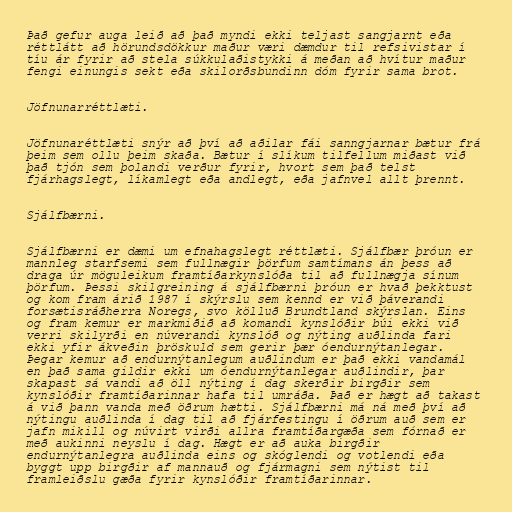
Það gefur auga leið að það myndi ekki teljast sangjarnt eða
réttlátt að hörundsdökkur maður væri dæmdur til refsivistar í
tíu ár fyrir að stela súkkulaðistykki á meðan að hvítur maður
fengi einungis sekt eða skilorðsbundinn dóm fyrir sama brot.

Jöfnunarréttlæti.

Jöfnunaréttlæti snýr að því að aðilar fái sanngjarnar bætur frá
þeim sem ollu þeim skaða. Bætur í slíkum tilfellum miðast við
það tjón sem þolandi verður fyrir, hvort sem það telst
fjárhagslegt, líkamlegt eða andlegt, eða jafnvel allt þrennt.

Sjálfbærni.

Sjálfbærni er dæmi um efnahagslegt réttlæti. Sjálfbær þróun er
mannleg starfsemi sem fullnægir þörfum samtímans án þess að
draga úr möguleikum framtíðarkynslóða til að fullnægja sínum
þörfum. Þessi skilgreining á sjálfbærni þróun er hvað þekktust
og kom fram árið 1987 í skýrslu sem kennd er við þáverandi
forsætisráðherra Noregs, svo kölluð Brundtland skýrslan. Eins
og fram kemur er markmiðið að komandi kynslóðir búi ekki við
verri skilyrði en núverandi kynslóð og nýting auðlinda fari
ekki yfir ákveðin þröskuld sem gerir þær óendurnýtanlegar.
Þegar kemur að endurnýtanlegum auðlindum er það ekki vandamál
en það sama gildir ekki um óendurnýtanlegar auðlindir, þar
skapast sá vandi að öll nýting í dag skerðir birgðir sem
kynslóðir framtíðarinnar hafa til umráða. Það er hægt að takast
á við þann vanda með öðrum hætti. Sjálfbærni má ná með því að
nýtingu auðlinda í dag til að fjárfestingu í öðrum auð sem er
jafn mikill og núvirt virði allra framtíðargæða sem fórnað er
með aukinni neyslu í dag. Hægt er að auka birgðir
endurnýtanlegra auðlinda eins og skóglendi og votlendi eða
byggt upp birgðir af mannauð og fjármagni sem nýtist til
framleiðslu gæða fyrir kynslóðir framtíðarinnar.